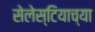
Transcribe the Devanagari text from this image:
सेलेस्टियाच्या